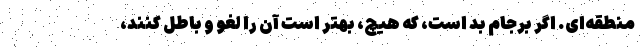
منطقه‌ای. اگر برجام بد است، که هیچ، بهتر است آن را لغو و باطل کنند،